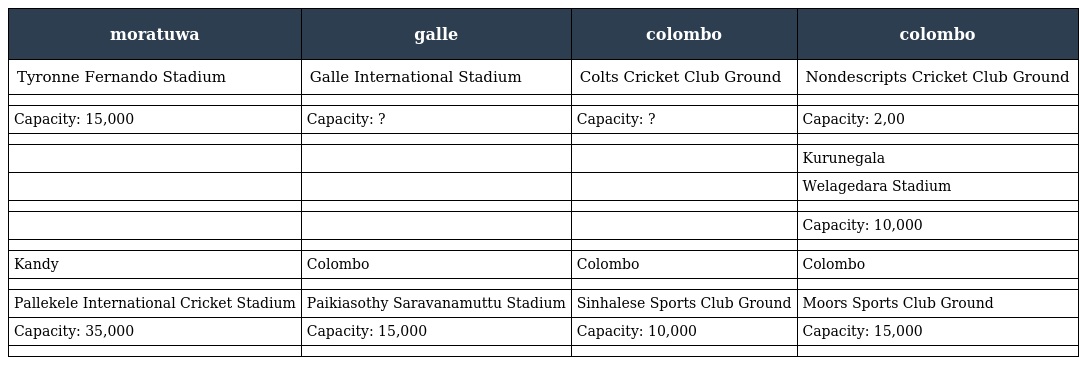
| moratuwa | galle | colombo | colombo |
 | --- | --- | --- | --- |
 | Tyronne Fernando Stadium | Galle International Stadium | Colts Cricket Club Ground | Nondescripts Cricket Club Ground |
 |  |  |  |  |
 | Capacity: 15,000 | Capacity: ? | Capacity: ? | Capacity: 2,00 |
 |  |  |  |  |
 |  |  |  | Kurunegala |
 |  |  |  | Welagedara Stadium |
 |  |  |  |  |
 |  |  |  | Capacity: 10,000 |
 |  |  |  |  |
 | Kandy | Colombo | Colombo | Colombo |
 |  |  |  |  |
 | Pallekele International Cricket Stadium | Paikiasothy Saravanamuttu Stadium | Sinhalese Sports Club Ground | Moors Sports Club Ground |
 | Capacity: 35,000 | Capacity: 15,000 | Capacity: 10,000 | Capacity: 15,000 |
 |  |  |  |  |